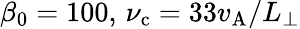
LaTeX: \beta_{0}=100,\, \nu_{\mathrm{c}}=33v_{\mathrm{A}}/L_{\perp}